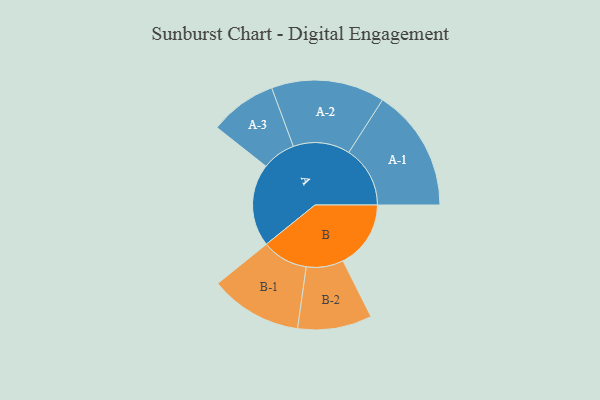
{"axis": {"x": "Segment", "y": "Value"}, "legend": ["", "A", "B"], "data": [{"x": "A", "y": 396, "type": ""}, {"x": "B", "y": 325, "type": ""}, {"x": "A-1", "y": 294, "type": "A"}, {"x": "A-2", "y": 272, "type": "A"}, {"x": "A-3", "y": 161, "type": "A"}, {"x": "B-1", "y": 221, "type": "B"}, {"x": "B-2", "y": 178, "type": "B"}]}